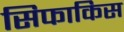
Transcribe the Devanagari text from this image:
सिफाकिस